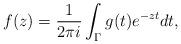
LaTeX: \begin{align*} f(z)=\frac{1}{2\pi i}\int_{\Gamma}g(t)e^{-zt}dt,\end{align*}